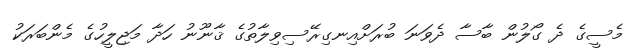
މެސީގެ ދެ ގޯލުން ބާސާ ދެވަނަ ބުރަށްއިނގިރޭސިވިލާތުގެ ޤާނޫނު ހަދާ މަޖިލީހުގެ މެންބަރަކު